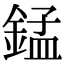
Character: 錳